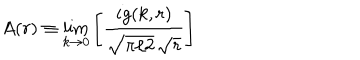
A ( r ) \equiv \lim _ { k \to 0 } \left[ { \frac { i g ( k , r ) } { \sqrt { \pi / 2 } \, \sqrt { r } } } \right]